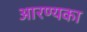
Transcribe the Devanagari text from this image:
आरण्यका